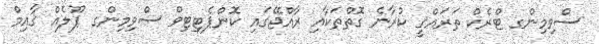
ސްވިމިންގ ޓްރެކް ތަރައްޤީ ކުރާނެ ގޮތްތަކާއި ރާއްޖޭގައި ކޮންޕެޓިޓިވް ސްވިމިންގ ޕޫލެއް ޤާއިމް